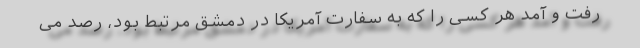
رفت و آمد هر کسی را که به سفارت آمریکا در دمشق مرتبط بود، رصد می